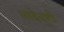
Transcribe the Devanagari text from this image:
लादेनशी